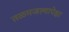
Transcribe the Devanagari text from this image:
तळमजल्यापेक्षा